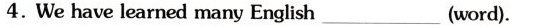
4.We have learned many English_(word).